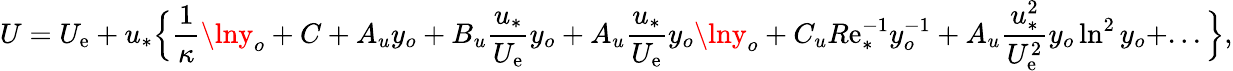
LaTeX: U=U_{\mathrm{e}}+u_{*}\Big\{ \frac{{1}}{{\kappa}}\lny_{o}+C+A_{u}y_{o}+B_{u}\frac{{u_{*}}}{{U_{\mathrm{e}}}}y_{o}+A_{u}\frac{{u_{*}}}{{U_{\mathrm{e}}}}y_{o}\lny_{o}+C_{u}R\mathrm{e}_{*}^{-1}y_{o}^{-1}+A_{u}\frac{{u_{*}^{2}}}{{U_{\mathrm{e}}^{2}}}y_{o}\ln^{2}y_{o}+...\Big\} ,